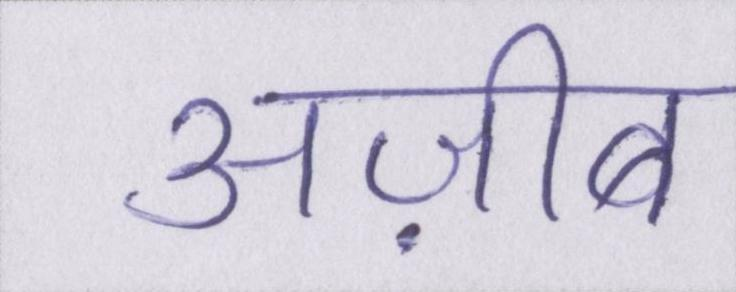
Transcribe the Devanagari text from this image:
अज़ीब